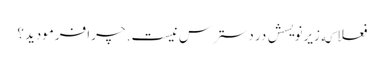
فعلا که زیرنویسش در دسترس نیست. چرا فرمودید؟